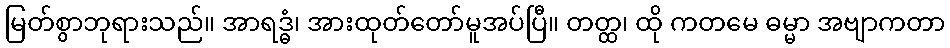
မြတ်စွာဘုရားသည်။ အာရဒ္ဓံ၊ အားထုတ်တော်မူအပ်ပြီ။ တတ္ထ၊ ထို ကတမေ ဓမ္မာ အဗျာကတာ